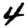
Digit: 4